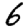
Digit: 6